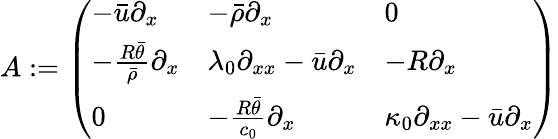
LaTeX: A:=\left(\begin{array}{lll}{-\bar{u}\partial_{x}}&{-\bar{\rho}\partial_{x}}&{0}\\ {-\frac{R\bar{\theta}}{\bar{\rho}}\partial_{x}}&{\lambda_{0}\partial_{xx}-\bar{u}\partial_{x}}&{-R\partial_{x}}\\ {0}&{-\frac{R\bar{\theta}}{c_{0}}\partial_{x}}&{\kappa_{0}\partial_{xx}-\bar{u}\partial_{x}}\end{array}\right)